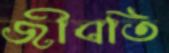
জীবতি